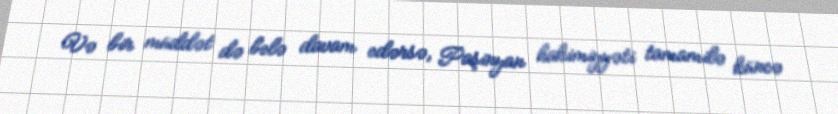
Və bir müddət də belə davam edərsə, Paşinyan hakimiyyəti tamamilə küncə